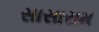
સાસારામ